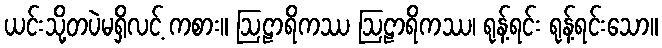
ယင်းသို့တပဲမရှိလင့် ကစား။ ဩဠာရိကဿ ဩဠာရိကဿ၊ ရုန့်ရင်း ရုန့်ရင်းသော။